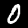
Label: 0